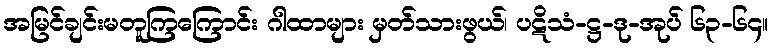
အမြင်ချင်းမတူကြကြောင်း ဂါထာများ မှတ်သားဖွယ်၊ ပဋိသံ-ဋ္ဌ-ဒု-အုပ် ၆၃-၆၄။